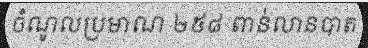
ចំណូលប្រមាណ ២៥៨ ពាន់លានបាត